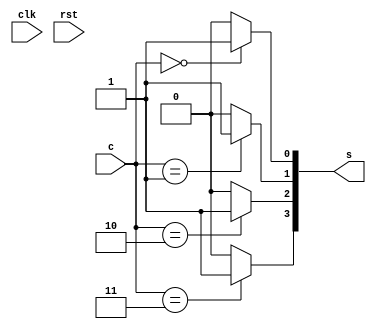
/********************************************************************************
// @project       Object Detection & Tracking Uint(ODTU)
// @filename      args_decode.v
// @author        3book
// @description   
// @created       2019-11-06T18:14:10.430Z+08:00
// @copyright     Copyright (c) 2019 
// @last-modified 2020-03-31T22:18:44.718Z+08:00
*******************************************************************************/
`timescale 1ns/100ps
module args_decode #(                           
parameter N = 2    //in data width 
)(
input          clk,
input          rst,
input [N-1:0]  c  , //channel number
output[2**N-1:0] s  //channel select
);
// wire [N-1:0]    m [2**N-1:0];
genvar i;
generate
    for (i=0;i<2**N;i=i+1) begin
        // assign m[i] = i; 
        localparam [N-1:0] M=i;
        assign s[i] = (c==M) ? 1'b1:1'b0; 
    end
endgenerate

// SRLC32E #(
//     .INIT(32'h00000000) // Initial Value of Shift Register
// ) SRLC32E_inst (
//     .Q(Q),     // SRL data output
//     .Q31(Q31), // SRL cascade output pin
//     .A(A),     // 5-bit shift depth select input
//     .CE(CE),   // Clock enable input
//     .CLK(CLK), // Clock input
//     .D(D)      // SRL data input
// );

// SRL16E #(
//       .INIT(16'h0000) // Initial Value of Shift Register
//    ) SRL16E_inst (
//       .Q(Q),       // SRL data output
//       .A0(A0),     // Select[0] input
//       .A1(A1),     // Select[1] input
//       .A2(A2),     // Select[2] input
//       .A3(A3),     // Select[3] input
//       .CE(CE),     // Clock enable input
//       .CLK(CLK),   // Clock input
//       .D(D)        // SRL data input
//    );
endmodule